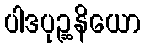
ပါဒပုဉ္ဆနိယော